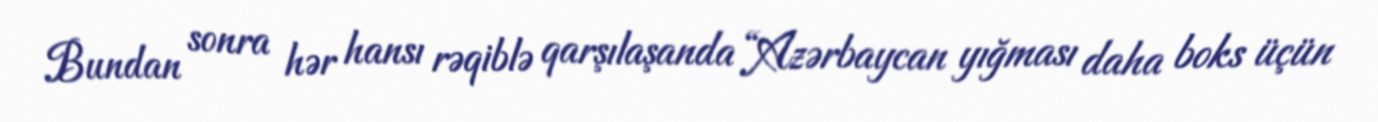
Bundan sonra hər hansı rəqiblə qarşılaşanda “Azərbaycan yığması daha boks üçün